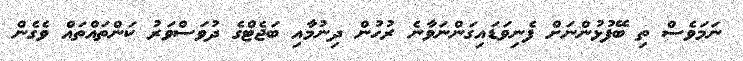
ނަމަވެސް ތި ބޭފުޅުންނަށް ފެނިވަޑައިގަންނަވާނެ ރުހުން ދިނުމާއި ބަޖެޓްގެ ދުވަސްވަރު ކަންތައްތައް ވެގެން